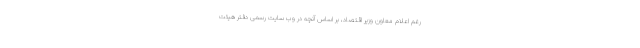
رغم اعلام معاون وزیر اقتصاد، بر اساس آنچه در وب سایت رسمی دفتر هیئت